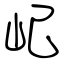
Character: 屺